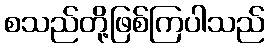
စသည်တို့ဖြစ်ကြပါသည်